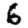
Digit: 6